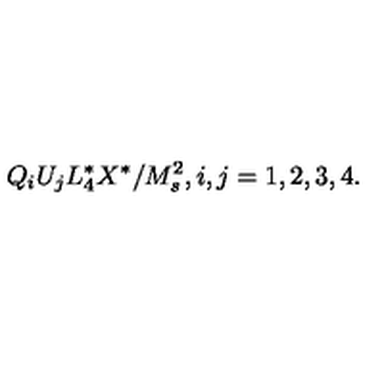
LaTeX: Q _ { i } U _ { j } L _ { 4 } ^ { * } X ^ { * } / M _ { s } ^ { 2 } , i , j = 1 , 2 , 3 , 4 .